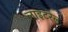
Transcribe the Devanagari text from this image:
लाइटरेल